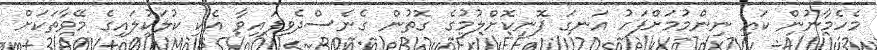
މެހެމާނުން ކައި ނިންމުމަށްފަހު އަނގަ ފޮނިކޮށްލުމުގެ ގޮތުން ގެނެސްދެވިފައިވާ އެކި ކުލަކުލައިގެ މޭވާތަކަށް